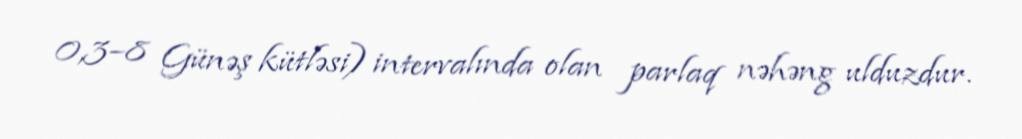
0,3–8 Günəş kütləsi) intervalında olan parlaq nəhəng ulduzdur.